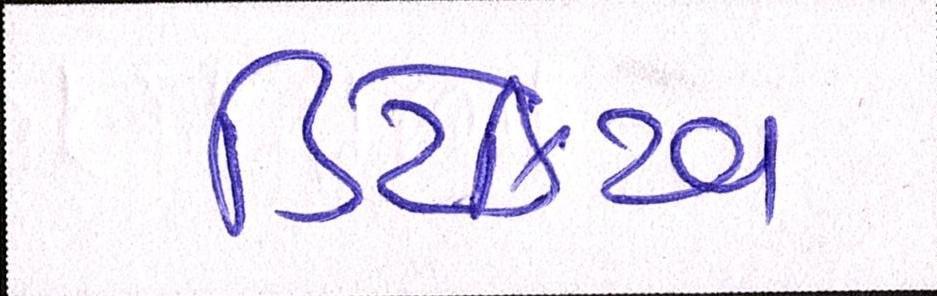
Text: ડિટેક્ટિવ